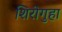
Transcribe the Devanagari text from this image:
शिरोगुहा